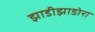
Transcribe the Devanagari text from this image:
झाडीझाडोरा